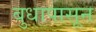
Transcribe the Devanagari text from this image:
बुधापासून